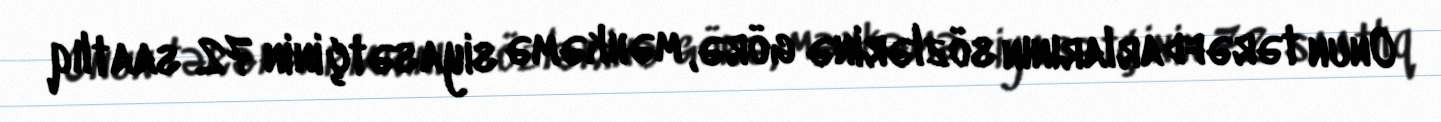
Onun tərəfdarlarının sözlərinə görə, məhkəmə siyasətçinin 72 saatlıq